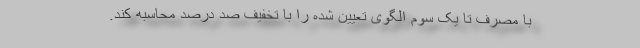
با مصرف تا یک سوم الگوی تعیین شده را با تخفیف صد درصد محاسبه کند.